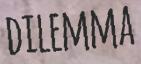
DILEMMA